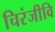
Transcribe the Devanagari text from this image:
चिरंजीवि